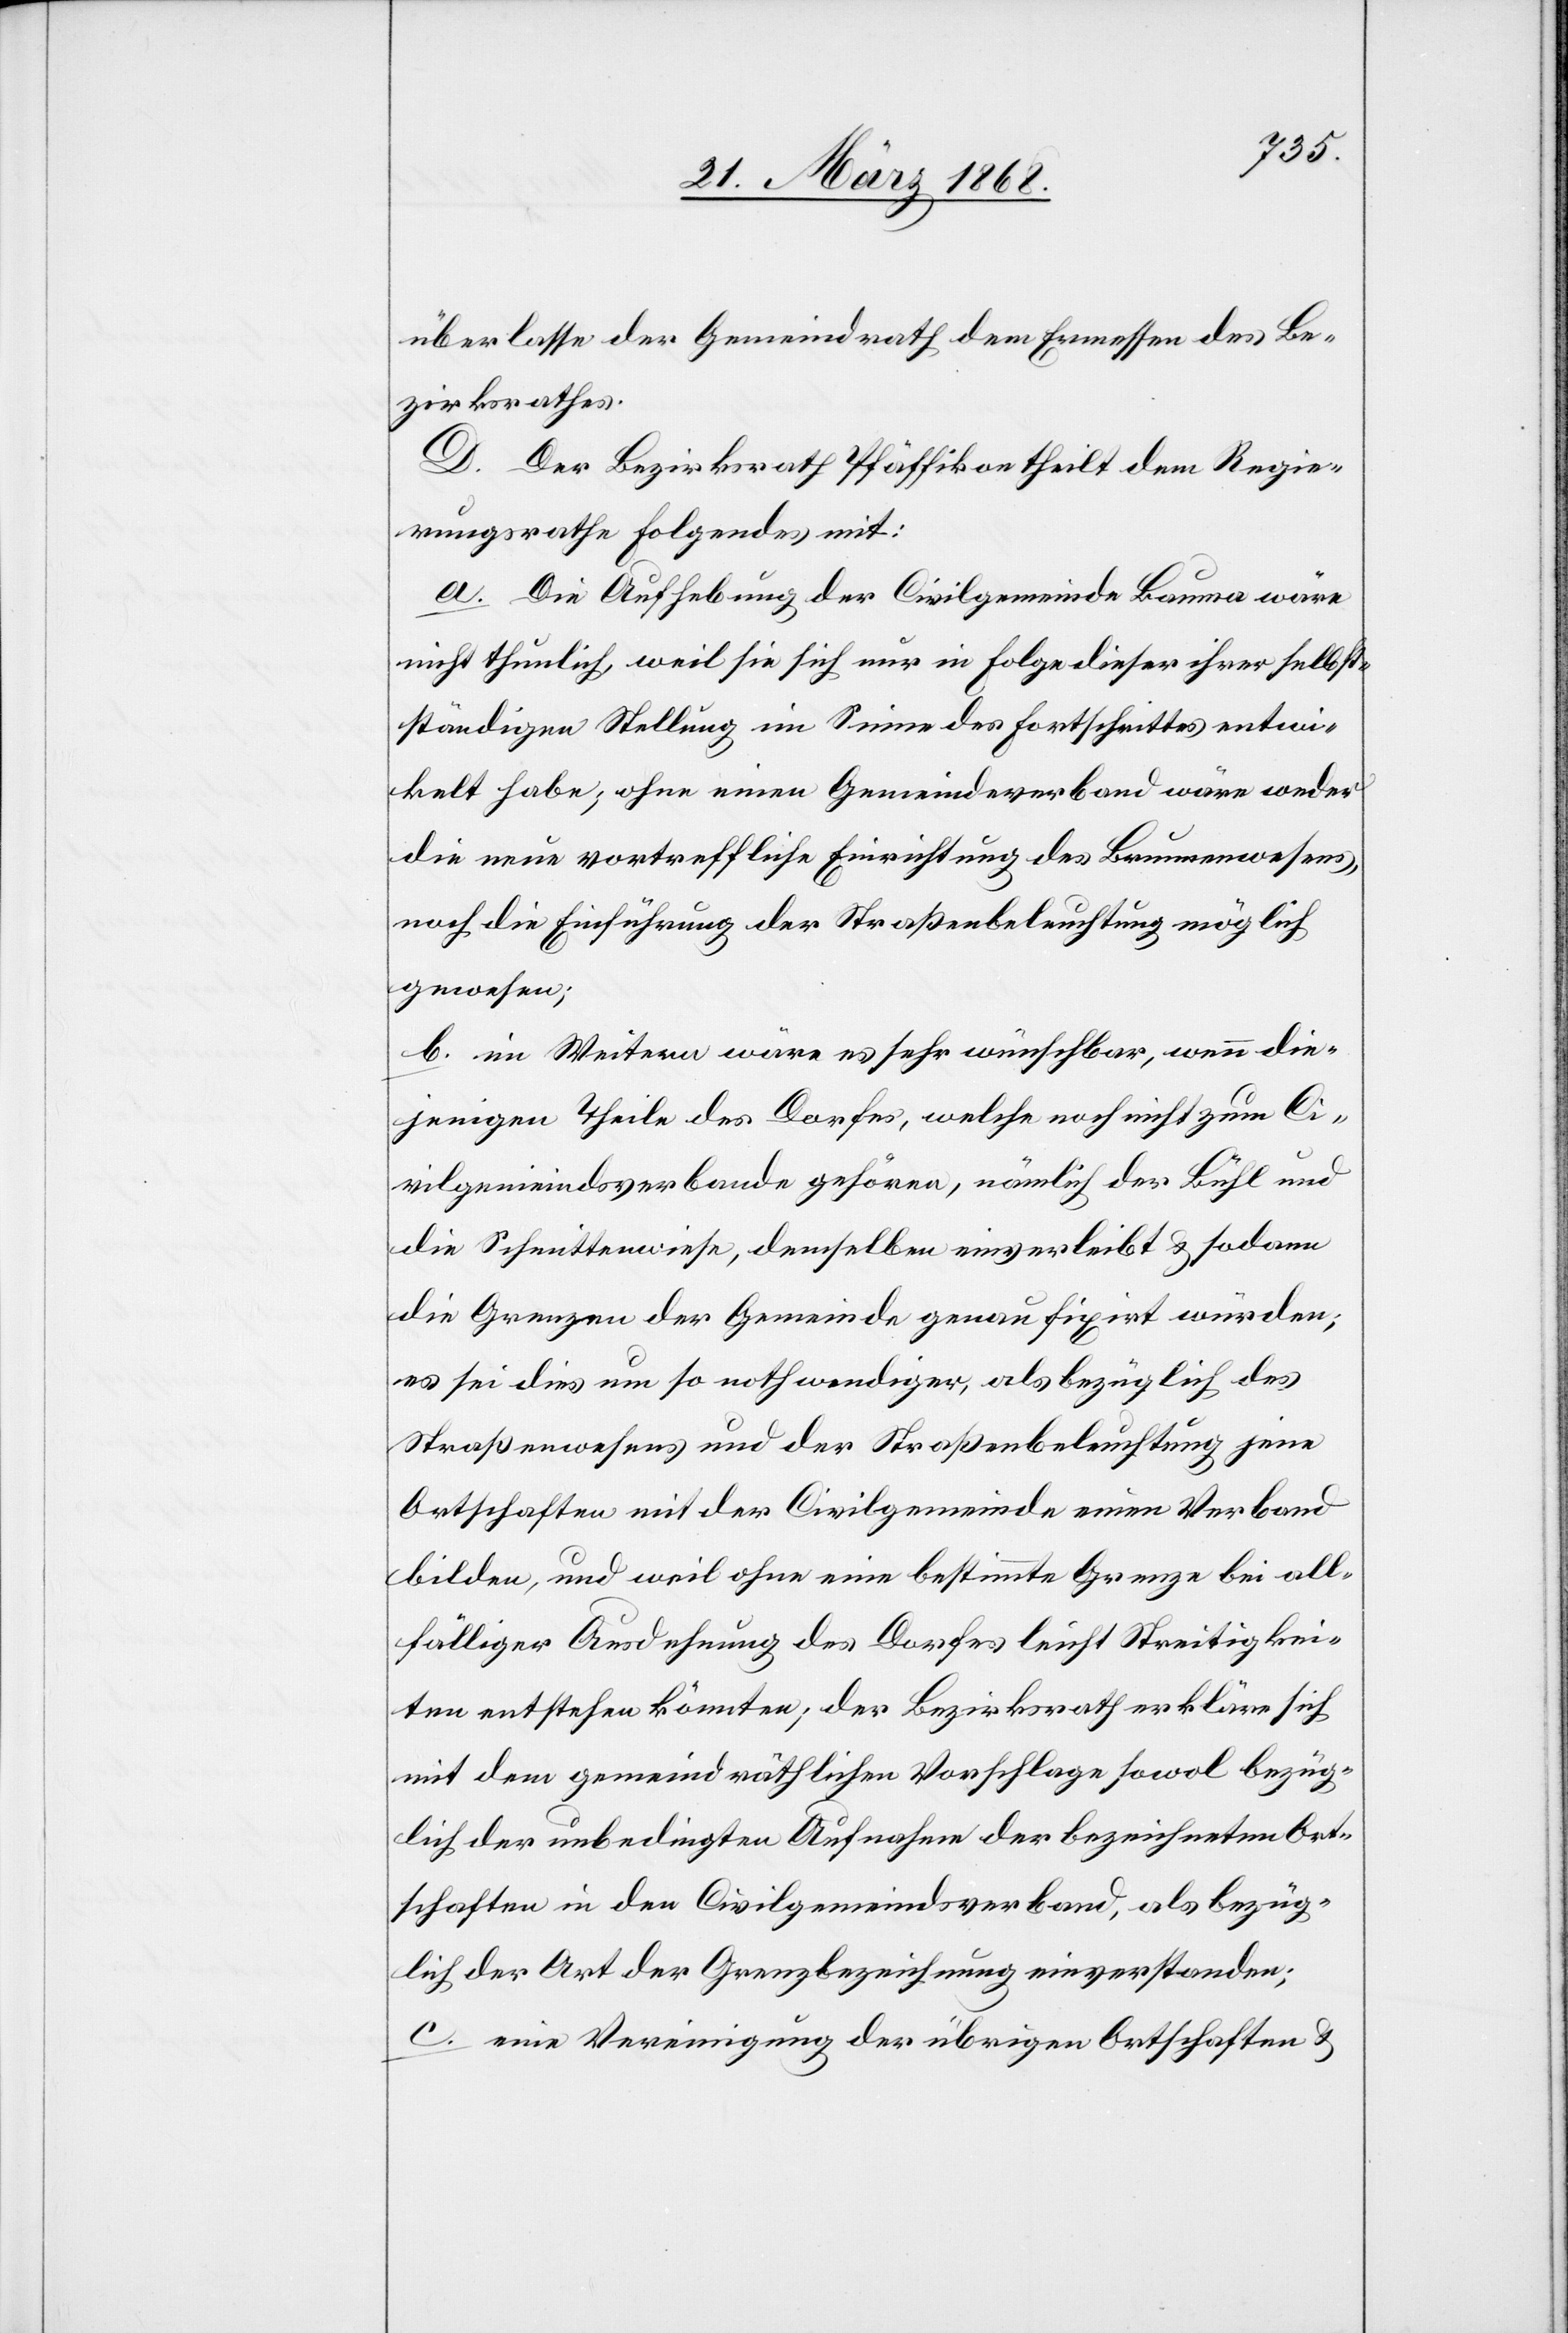
überlasse der Gemeindrath dem Ermessen des Be¬
zirksrathes.
D. Der Bezirksrath Pfäffikon theilt dem Regie¬
rungsrathe Folgendes mit:
a. Die Aufhebung der Civilgemeinde Bauma wäre
nicht thunlich, weil sie sich nur in Folge dieser ihrer selbst¬
ständigen Stellung im Sinne des Fortschrittes entw¬
i[c]kelt habe; ohne einen Gemeindeverband wäre weder
die neue vortreffliche Einrichtung des Brunnenwesens,
noch die Einführung der Straßenbeleuchtung möglich
gewesen;
b. im Weitern wäre es sehr wünschbar, wenn die¬
jenigen Theile des Dorfes, welche noch nicht zum Ci¬
vilgemeindsverbande gehören, nämlich der Bühl und
die Schmittenwiese, demselben einverleibt & sodann
die Grenzen der Gemeinde genau fixirt würden;
es sei dies um so nothwendiger, als bezüglich des
Straßenwesens und der Straßenbeleuchtung jene
Ortschaften mit der Civilgemeinde einen Verband
bilden, und weil ohne eine bestimmte Grenze bei all¬
fälliger Ausdehnung des Dorfes leicht Streitigkei¬
ten entstehen könnten; der Bezirksrath erkläre sich
mit dem gemeindräthlichen Vorschlage sowol bezüg¬
lich der unbedingten Aufnahme der bezeichneten Ort¬
schaften in den Civilgemeindsverband, als bezüg¬
lich der Art der Grenzbezeichnung einverstanden;
c. eine Vereinigung der übrigen Ortschaften &